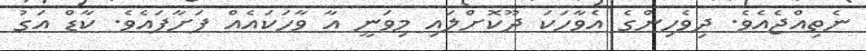
ނެތިއްޖެއެވެ. ދިވެހިންގެ އެވާހަކަ ދޫކޮށްލައި މިވަނީ އާ ވާހަކައެއް ފަށާފައެވެ. ކާޑް އަގު